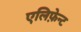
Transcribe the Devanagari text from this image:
एलिफ़ेन्ट